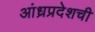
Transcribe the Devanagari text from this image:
आंध्रप्रदेशची